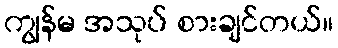
ကျွန်မ အသုပ် စားချင်တယ်။